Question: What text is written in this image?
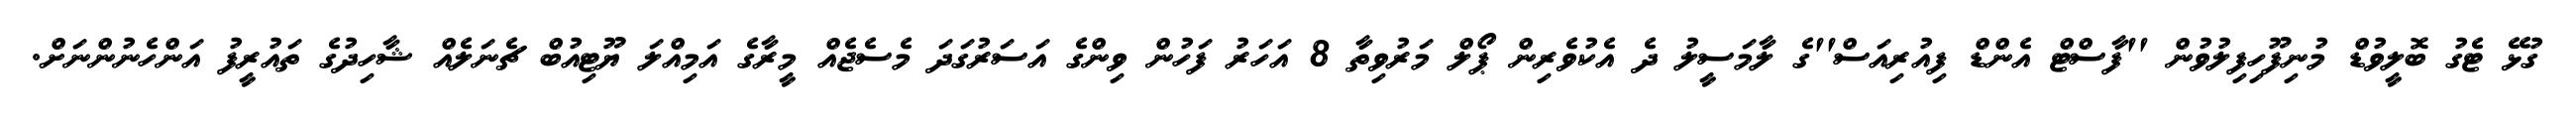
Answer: ގުޅޭ ޓެގު ބޮލީވުޑް މުނިފޫހިފިލުވުން ''ފާސްޓް އެންޑް ފިއުރިއަސް''ގެ ލާމަސީލު ދެ އެކުވެރިން ޕޯލް މަރުވިތާ 8 އަހަރު ފަހުން ވިންގެ އަސަރުގަދަ މެސެޖެއް މީރާގެ އަމިއްލަ ޔޫޓިއުބް ޗެނަލެއް ޝާހިދުގެ ތައުރީފު އަންހެނުންނަށް.